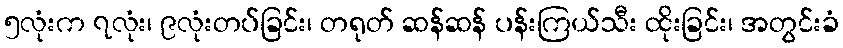
၅လုံးက ၇လုံး၊ ၉လုံးတပ်ခြင်း၊ တရုတ် ဆန်ဆန် ပန်းကြယ်သီး ထိုးခြင်း၊ အတွင်းခံ